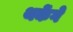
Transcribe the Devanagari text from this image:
थकेंगे